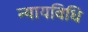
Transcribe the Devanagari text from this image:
न्यायविधि